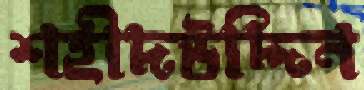
শহীদউদ্দিন